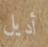
أديل